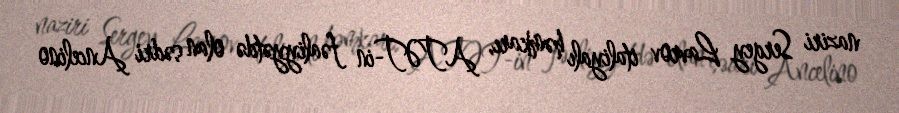
naziri Sergey Lavrov italiyalı həmkarı, ATƏT-in fəaliyyətdə olan sədri Ancelino